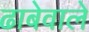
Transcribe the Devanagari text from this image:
ढाबेवाले